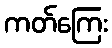
ကတ်ကြေး